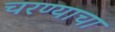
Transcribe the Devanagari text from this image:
चरण्याचा